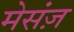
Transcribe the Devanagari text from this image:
मेसंज़